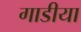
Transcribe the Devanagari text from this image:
गाडीया